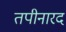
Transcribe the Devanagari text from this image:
तपीनारद